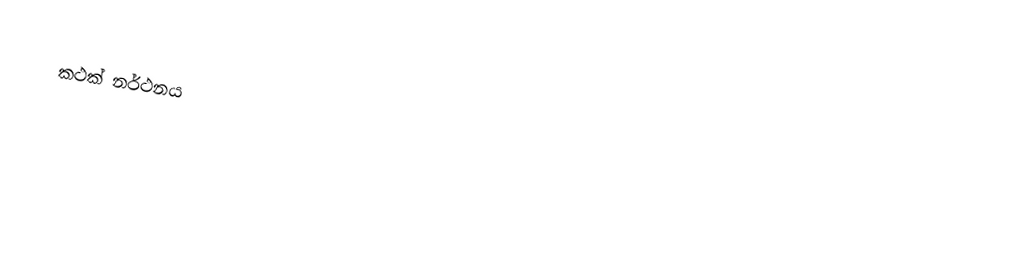
කථක් නර්ථනය